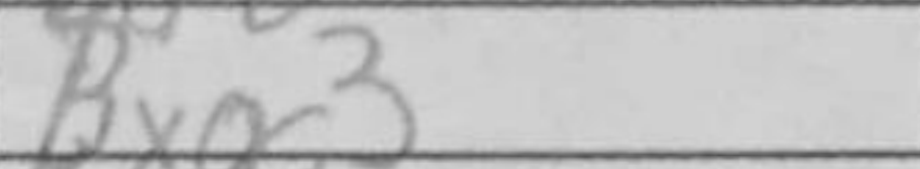
Transcription: Bxg3